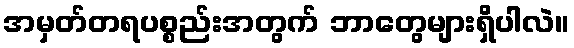
အမှတ်တရပစ္စည်းအတွက် ဘာတွေများရှိပါလဲ။